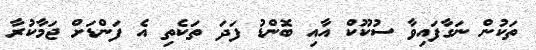
ތަކުން ނަގާފައިވާ ސުކޫކް އާއި ބޮންޑު ފަދަ ތަކެތި އެ ފަންޑަށް ޖަމާކުރާ